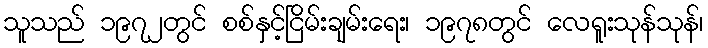
သူသည် ၁၉၇၂တွင် စစ်နှင့်ငြိမ်းချမ်းရေး၊ ၁၉၇၈တွင် လေရူးသုန်သုန်၊